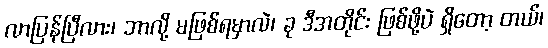
လာပြန်ပြီလား၊ ဘာလို့ မဖြစ်ရမှာလဲ၊ ခု ဒီအတိုင်း ဖြစ်ဖို့ပဲ ရှိတော့ တယ်၊